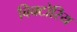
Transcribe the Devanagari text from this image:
विक्टोरिय